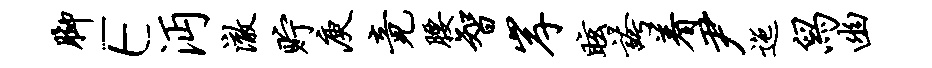
脚E沔澈贮庾竟腰智岸眩夸着尹迤舄幽